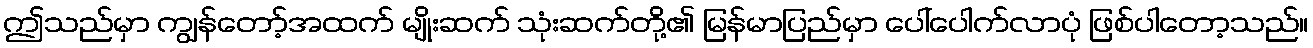
ဤသည်မှာ ကျွန်တော့်အထက် မျိုးဆက် သုံးဆက်တို့၏ မြန်မာပြည်မှာ ပေါ်ပေါက်လာပုံ ဖြစ်ပါတော့သည်။